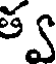
త్వ